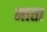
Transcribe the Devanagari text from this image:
माता